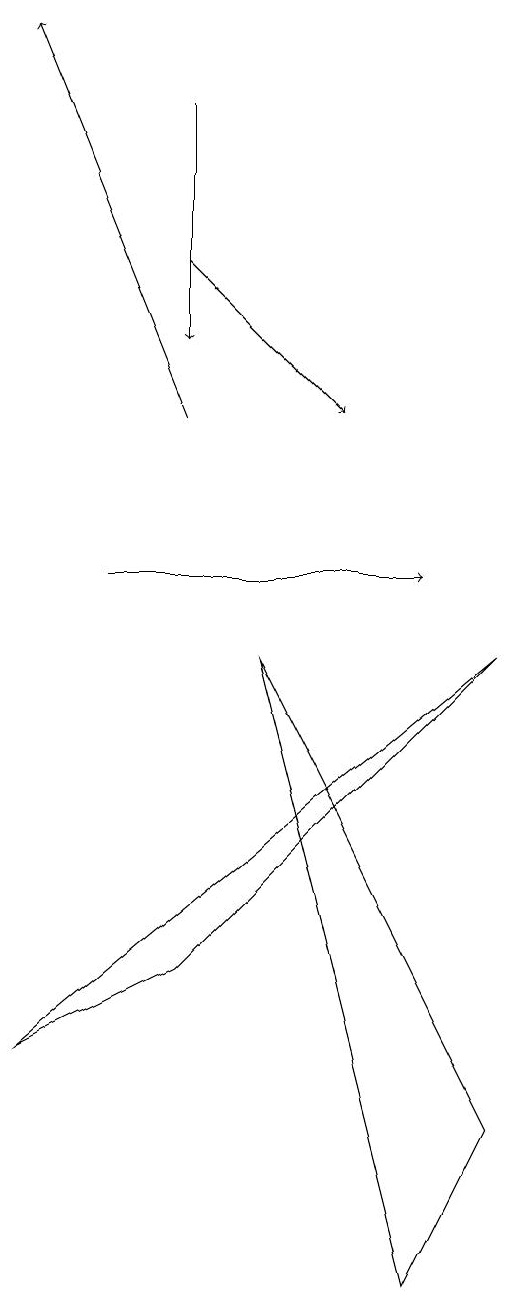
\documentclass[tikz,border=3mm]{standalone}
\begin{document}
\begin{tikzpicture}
\draw[->] (2,12) -- (0,17);
\draw[->] (1,10) -- (5,10);
\draw[->] (2,16) -- (2,13);
\draw[->] (2,14) -- (4,12);
\draw (6,3) -- (5,1) -- (3,9) -- cycle;
\draw (0,4) -- (2,5) -- (6,9) -- cycle;
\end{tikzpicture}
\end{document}